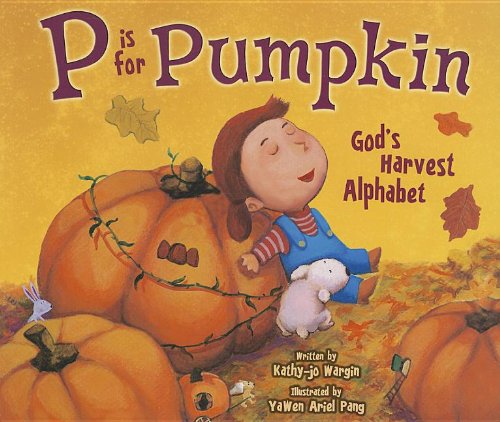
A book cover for P Is for Pumpkin: God's Harvest Alphabet; Kathy-jo Wargin; Children's Books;